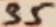
Text: 34